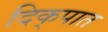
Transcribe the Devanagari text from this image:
दिक्‌पात